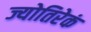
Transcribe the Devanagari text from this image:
ज्योतिरेकं